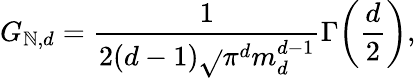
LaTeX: G_{\mathbb{N},d}=\frac{{1}}{{2(d-1)\sqrt{}{{\pi}}^{d}m_{d}^{d-1}}}\Gamma\! \left(\frac{{d}}{{2}}\right),